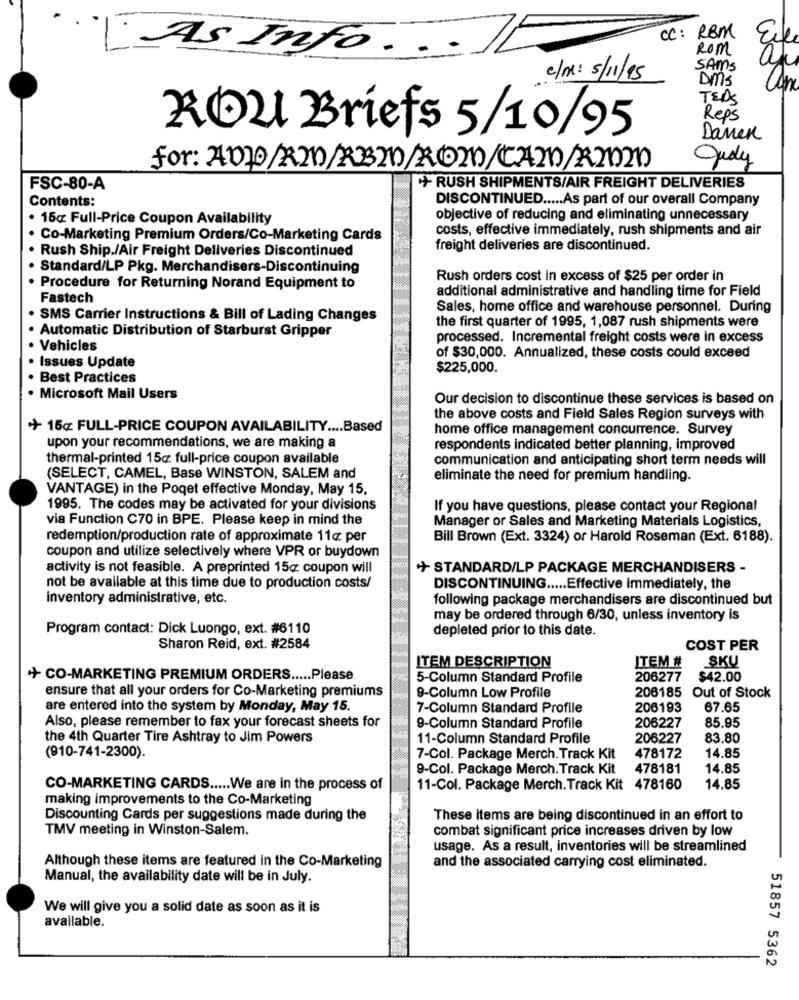
.
CC: RBM
Las Info . ..
Rom
a
SAMS
c/n: 5/11/95
Dms
TEDS
Reps
ROu Briefs 5/10/95
Danek
July
FSC-80-A
+ RUSH SHIPMENTS/AIR FREIGHT DELIVERIES
Contents:
DISCONTINUED ..... As part of our overall Company
· 15cz Full-Price Coupon Availability
objective of reducing and eliminating unnecessary
costs, effective immediately, rush shipments and air
Co-Marketing Premium Orders/Co-Marketing Cards
· Rush Ship./Air Freight Deliveries Discontinued
freight deliveries are discontinued.
. Standard/LP Pkg. Merchandisers-Discontinuing
Rush orders cost in excess of $25 per order in
Procedure for Returning Norand Equipment to
additional administrative and handling time for Field
Fastech
Sales, home office and warehouse personnel. During
· SMS Carrier Instructions & Bill of Lading Changes
the first quarter of 1995, 1,087 rush shipments were
· Automatic Distribution of Starburst Gripper
processed. Incremental freight costs were in excess
Vehicles
Issues Update
of $30,000. Annualized, these costs could exceed
$225,000.
..
Best Practices
· Microsoft Mail Users
Our decision to discontinue these services is based on
the above costs and Field Sales Region surveys with
+ 15cz FULL-PRICE COUPON AVAILABILITY .... Based
home office management concurrence. Survey
upon your recommendations, we are making a
respondents indicated better planning, improved
thermal-printed 15cz full-price coupon available
communication and anticipating short term needs will
(SELECT, CAMEL, Base WINSTON, SALEM and
eliminate the need for premium handling.
VANTAGE) in the Poqet effective Monday, May 15,
1995. The codes may be activated for your divisions
If you have questions, please contact your Regional
via Function C70 in BPE. Please keep in mind the
Manager or Sales and Marketing Materials Logistics,
redemption/production rate of approximate 11¢ per
Bill Brown (Ext. 3324) or Harold Roseman (Ext. 6188).
coupon and utilize selectively where VPR or buydown
activity is not feasible. A preprinted 15cz coupon will
+ STANDARD/LP PACKAGE MERCHANDISERS -
not be available at this time due to production costs/
DISCONTINUING ..... Effective immediately, the
inventory administrative, etc.
following package merchandisers are discontinued but
may be ordered through 6/30, unless inventory is
Program contact: Dick Luongo, ext. #6110
depleted prior to this date.
Sharon Reid, ext. #2584
COST PER
ITEM DESCRIPTION
SKU
ITEM #
+ CO-MARKETING PREMIUM ORDERS ..... Please
5-Column Standard Profile
206277
$42.00
ensure that all your orders for Co-Marketing premiums
9-Column Low Profile
206185 Out of Stock
are entered into the system by Monday, May 15.
7-Column Standard Profile
206193
67.65
206227
Also, please remember to fax your forecast sheets for
9-Column Standard Profile
85.95
the 4th Quarter Tire Ashtray to Jim Powers
11-Column Standard Profile
206227
83.80
(910-741-2300).
7-Col. Package Merch. Track Kit
478172
14.85
9-Col. Package Merch. Track Kit
478181
14.85
CO-MARKETING CARDS ..... We are in the process of
11-Col. Package Merch. Track Kit 478160
14.85
making improvements to the Co-Marketing
Discounting Cards per suggestions made during the
These items are being discontinued in an effort to
TMV meeting in Winston-Salem.
combat significant price increases driven by low
usage. As a result, inventories will be streamlined
Although these items are featured in the Co-Marketing
and the associated carrying cost eliminated.
Manual, the availability date will be in July.
We will give you a solid date as soon as it is
available.
51857 5362